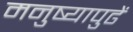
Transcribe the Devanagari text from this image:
मनुष्यापुढें